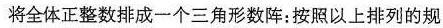
将全体正整数排成一个三角形数阵：按照以上排列的规